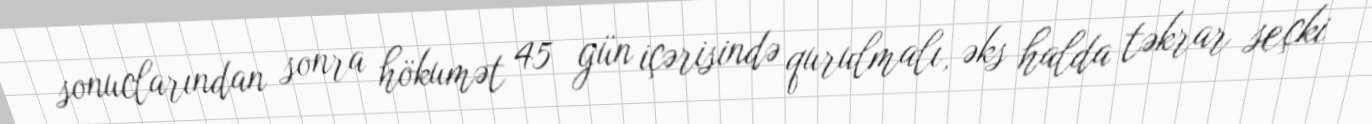
sonuclarından sonra hökumət 45 gün içərisində qurulmalı, əks halda təkrar seçki